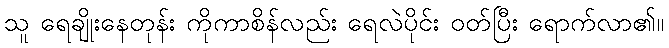
သူ ရေချိုးနေတုန်း ကိုကာစိန်လည်း ရေလဲပိုင်း ဝတ်ပြီး ရောက်လာ၏။